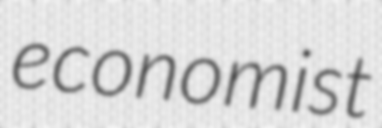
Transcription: economist